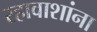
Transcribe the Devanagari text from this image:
रहावाशांना